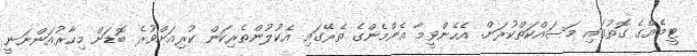
ޓީމެއްގެ ގޮތުގައި މަސައްކަތްކުރަން. އެހެންވީމާ އެންމެންގެ ތެރޭގައި އެކުލުންތެރިކަން ކުރިއަށްވުރެ ބޮޑަށް މިހާރުއަންނަނީ